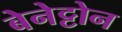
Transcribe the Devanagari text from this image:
बेनेट्टोन